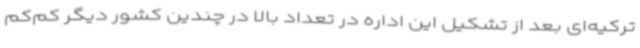
ترکیه‌ای بعد از تشکیل این اداره در تعداد بالا در چندین کشور دیگر کم‌کم